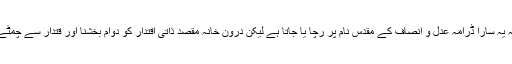
کمال یہ ہے کہ یہ سارا ڈرامہ عدل و انصاف کے مقدس نام پر رچا یا جاتا ہے لیکن درونِ خانہ مقصد ذاتی اقتدار کو دوام بخشنا اور قتدار سے چمٹے رہنا ہوتا ہے۔